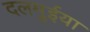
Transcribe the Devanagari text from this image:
दलमुईया